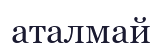
аталмай